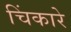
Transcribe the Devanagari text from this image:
चिंकारे